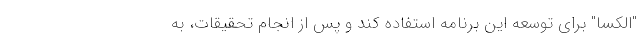
"الکسا" برای توسعه این برنامه استفاده کند و پس از انجام تحقیقات، به